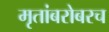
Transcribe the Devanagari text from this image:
मृतांबरोबरच